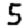
Digit: 5